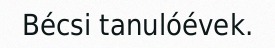
Bécsi tanulóévek.